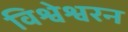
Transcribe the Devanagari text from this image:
विश्वेश्वरन